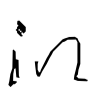
Text: in
Cross-out: clean
Writing tool: digital_black